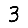
Digit: 3